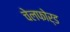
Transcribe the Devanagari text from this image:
चेलफोर्ड